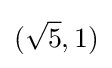
(~\!\!{\sqrt {5}},1)